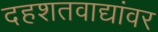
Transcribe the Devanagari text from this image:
दहशतवाद्यांवर